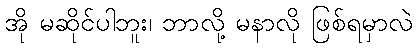
အို မဆိုင်ပါဘူး၊ ဘာလို့ မနာလို ဖြစ်ရမှာလဲ